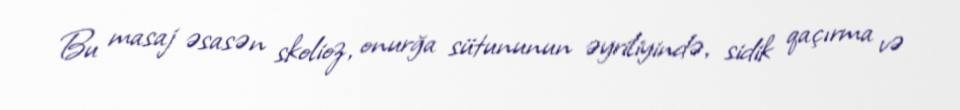
Bu masaj əsasən skolioz, onurğa sütununun əyriliyində, sidik qaçırma və